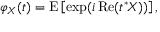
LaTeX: \varphi _ { X } ( t ) = \operatorname { E } \left[ \exp ( i \operatorname { R e } ( t ^ { * } \! X ) ) \right] ,